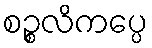
စဉ္စလိကပ္ပေ